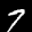
Label: 7